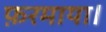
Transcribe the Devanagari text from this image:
फ़रमाया।